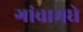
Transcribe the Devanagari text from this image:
गांवामधे